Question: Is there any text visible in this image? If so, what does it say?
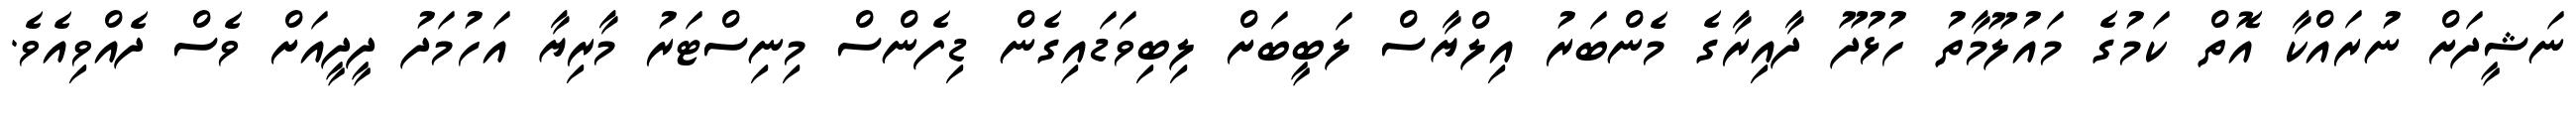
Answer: ނަޝީދަށް ނުރައްކާ އޮތް ކަމުގެ މައުލޫމާތު ހުޅުދޫ ދާއިރާގެ މެންބަރު އިލްޔާސް ލަބީބަށް ލިބިވަޑައިގެން ޑިފެންސް މިނިސްޓަރު މާރިޔާ އަހުމަދު ދީދީއަށް ވެސް ދެއްވިއެވެ.